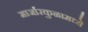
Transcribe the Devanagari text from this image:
मार्जारकुळामध्ये